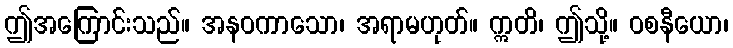
ဤအကြောင်းသည်။ အနဝကာသော၊ အရာမဟုတ်။ ဣတိ၊ ဤသို့။ ဝစနီယော၊